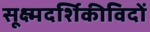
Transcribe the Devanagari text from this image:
सूक्ष्मदर्शिकीविदों